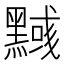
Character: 𪒃